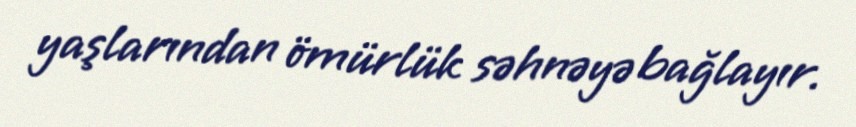
yaşlarından ömürlük səhnəyə bağlayır.